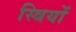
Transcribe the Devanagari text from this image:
स्‍त्रियों